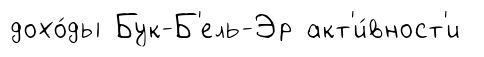
дохо́ды Бук-Б'ель-Эр акт'и́вност'и